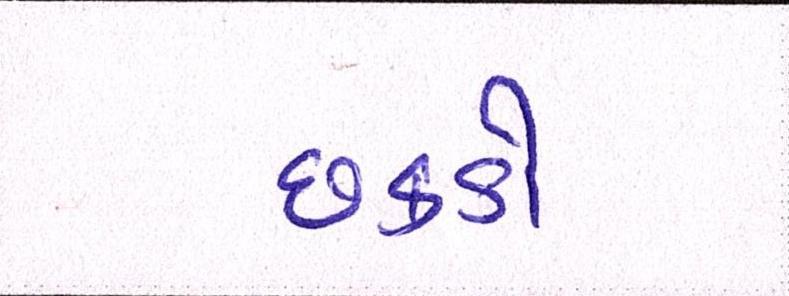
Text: છકડો